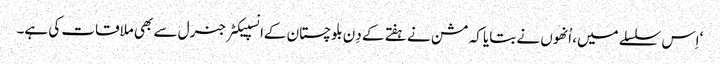
‘اِس سلسلے میں، اُنھوں نے بتایا کہ مشن نے ہفتے کے دِن بلوچستان کےانسپیکٹر جنرل سے بھی ملاقات کی ہے۔